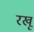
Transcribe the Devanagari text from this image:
रखू